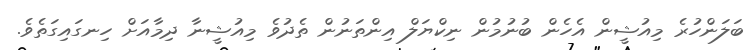
ބަލަންހުރެ މިއުޝީން އެހެން ބުނުމުން ނިކްޔަލް އިންތަނުން ތެދުވެ މިއުޝީނާ ދިމާއަށް ހިނގައިގަތެވެ.